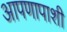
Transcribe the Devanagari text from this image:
आपणापाशी